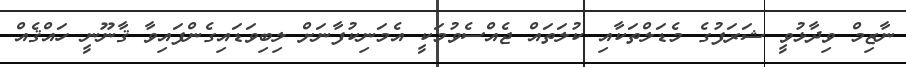
ނާޒިމް ވިދާޅުވީ ޝަރަފުގެ މެޑަލްތަކާއި ކުލަތައް ޖެއްސެވުމަކީ އެމަނިކުފާނަށް ލިބިވަޑައިގެންފައިވާ ޤާނޫނީ ހައްޤެއް